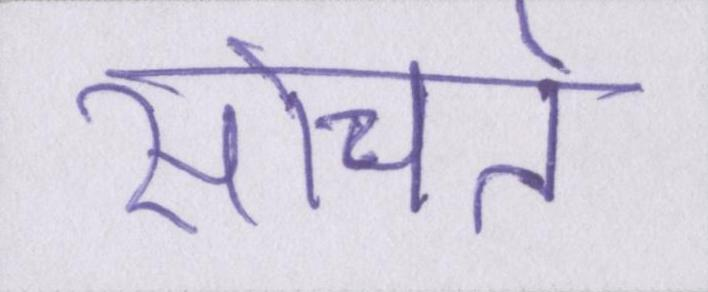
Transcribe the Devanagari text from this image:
सोचते